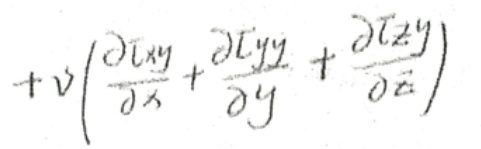
\[
+ v\left(\frac{\partial \mathcal{I}_{xy}}{\partial x}+\frac{\partial \mathcal{I}_{yy}}{\partial y}+\frac{\partial \mathcal{I}_{zy}}{\partial z}\right)
\]